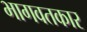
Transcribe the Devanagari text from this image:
भागवतकार